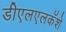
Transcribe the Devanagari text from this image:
डीएलएलकॅशे